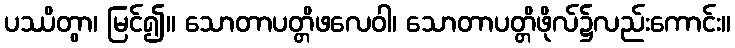
ပဿိတွာ၊ မြင်၍။ သောတာပတ္တိဖလေဝါ၊ သောတာပတ္တိဖိုလ်၌လည်းကောင်း။